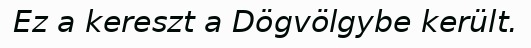
Ez a kereszt a Dögvölgybe került.